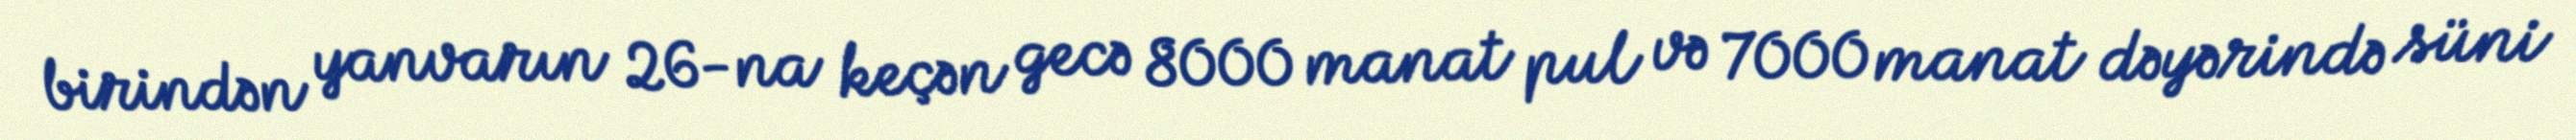
birindən yanvarın 26-na keçən gecə 8000 manat pul və 7000 manat dəyərində süni